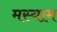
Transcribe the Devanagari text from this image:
मस्याम